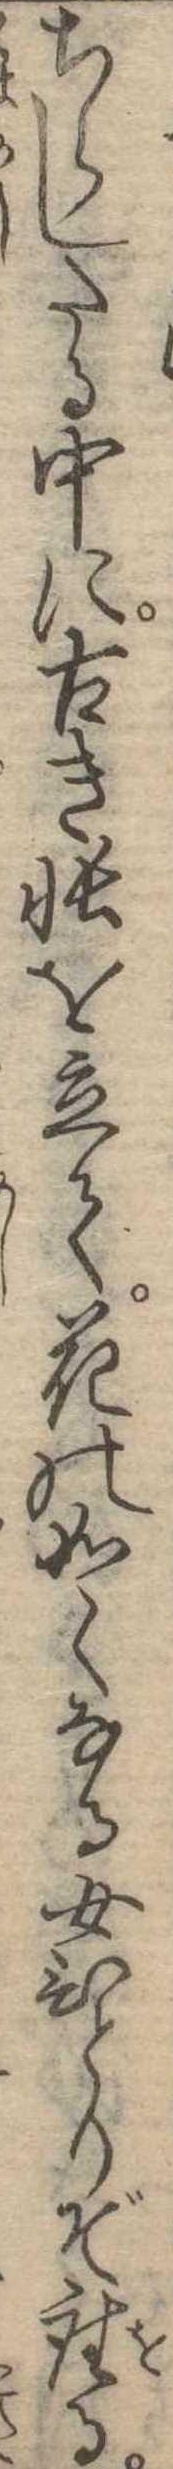
ちらしたる中に古き帳を立て花の如くなる女ひとりぞ座る